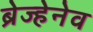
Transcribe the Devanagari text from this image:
ब्रेज्हेनेव